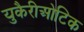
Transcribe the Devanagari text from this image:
युकैरीओटिक